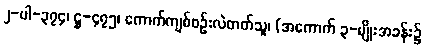
၂-ပါ-၃၇၄၊ ဋ္ဌ-၄၇၅၊ ကောက်ကျစ်စဉ်းလဲတတ်သူ၊ (အကောက် ၃-မျိုးအခန်း၌